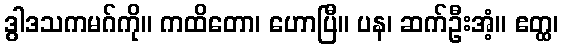
ဒွါဒသကမဂ်ကို။ ကထိတော၊ ဟောပြီ။ ပန၊ ဆက်ဦးအံ့။ ဧတ္ထ၊